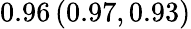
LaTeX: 0.96\left(0.97,0.93\right)